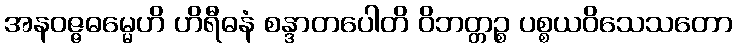
အနဝဇ္ဇဓမ္မေဟိ ဟိရီဓနံ စန္ဒာတပေါတိ ဝိဘတ္တဉ္စ ပစ္စယဝိသေသတော